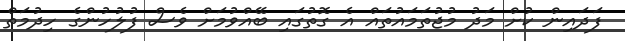
ފަދައިން ކުށް މަދު މުޖުތަމައުތައް އެ ގޮތުގައި ބޭއްވުމަށް ވެސް ފުލުހުންގެ ހިދުމަތް